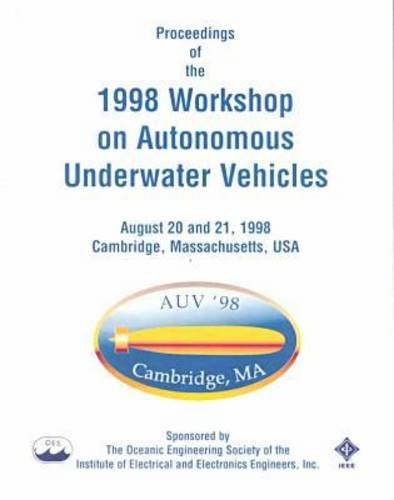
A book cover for Proceedings of the 1998 Workshop on Autonomous Underwater Vehicles: August 20 and 21, 1998 Cambridge, Massachusetts, USA; IEEE Oceanic Engineering Society; Engineering & Transportation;